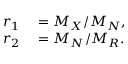
\begin{array} { r l } { r _ { 1 } } & { { } = M _ { X } / M _ { N } , } \\ { r _ { 2 } } & { { } = M _ { N } / M _ { R } . } \end{array}